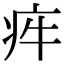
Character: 𤵃